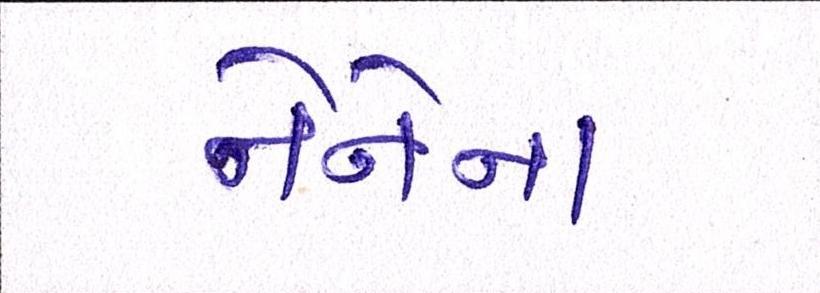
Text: નેનેના